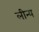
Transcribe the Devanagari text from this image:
लीन्य